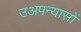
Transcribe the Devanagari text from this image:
उअपन्यासों